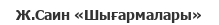
Ж.Саин «Шығармалары»